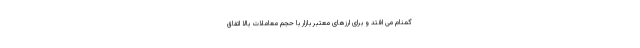
گمنام می افتد و برای ارزهای معتبر بازار با حجم معاملات بالا اتفاق